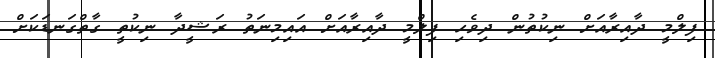
ފިލްމީ ދާއިރާއަށް ނިކުތުން ދިވެހި ފިލްމީ ދާއިރާއަށް އައިމިނަތު ރަޝީދާ ނިކުތީ ގާތްގަނޑަކަށް